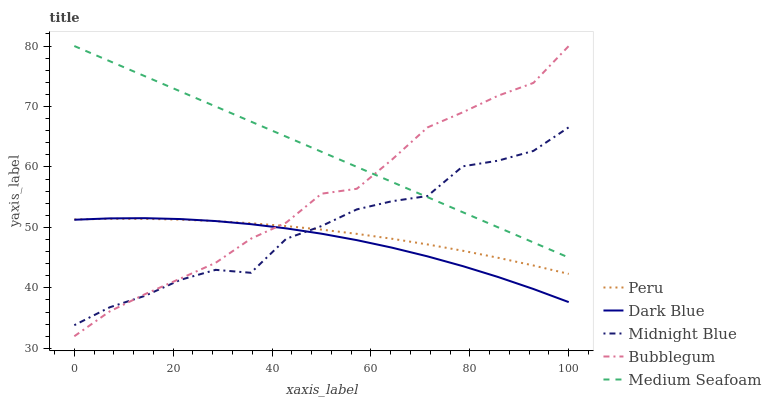
| xaxis_label | Peru | Dark Blue | Midnight Blue | Bubblegum | Medium Seafoam |
 | --- | --- | --- | --- | --- | --- |
 | 0 | 51.3 | 51.3 | 33.8 | 32 | 80 |
 | 7.14 | 51.4 | 51.5 | 36.8 | 36.1 | 77.5 |
 | 14.3 | 51.4 | 51.5 | 38.7 | 39 | 75 |
 | 21.4 | 51.3 | 51.4 | 41.3 | 41.5 | 72.5 |
 | 28.6 | 51 | 51.1 | 43 | 44.1 | 70 |
 | 35.7 | 50.7 | 50.5 | 42.5 | 48.1 | 67.5 |
 | 42.9 | 50.2 | 49.8 | 48.1 | 50.8 | 65 |
 | 50 | 49.6 | 49 | 50.2 | 55.6 | 62.5 |
 | 57.1 | 48.9 | 47.9 | 53 | 56.4 | 60 |
 | 64.3 | 48.1 | 46.6 | 54.3 | 61.2 | 57.5 |
 | 71.4 | 47.2 | 45.2 | 55.2 | 66.5 | 55 |
 | 78.6 | 46.1 | 43.6 | 60.1 | 69 | 52.5 |
 | 85.7 | 45 | 41.8 | 61 | 71.8 | 50 |
 | 92.9 | 43.7 | 39.8 | 62.7 | 73.9 | 47.5 |
 | 100 | 42.3 | 37.6 | 66.6 | 80 | 45 |